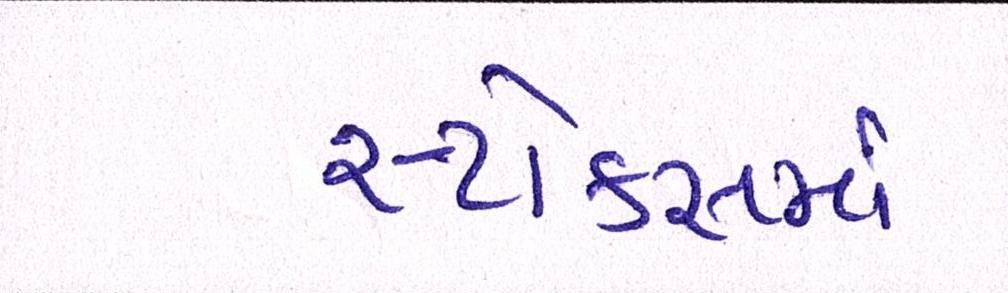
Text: સ્ટોક્સમાં